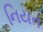
નિયત